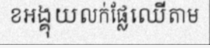
ខអង្គុយលក់ផ្លែឈើតាម